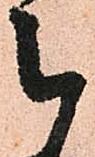
被